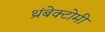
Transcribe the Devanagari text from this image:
थ्रंबेक्टोमी